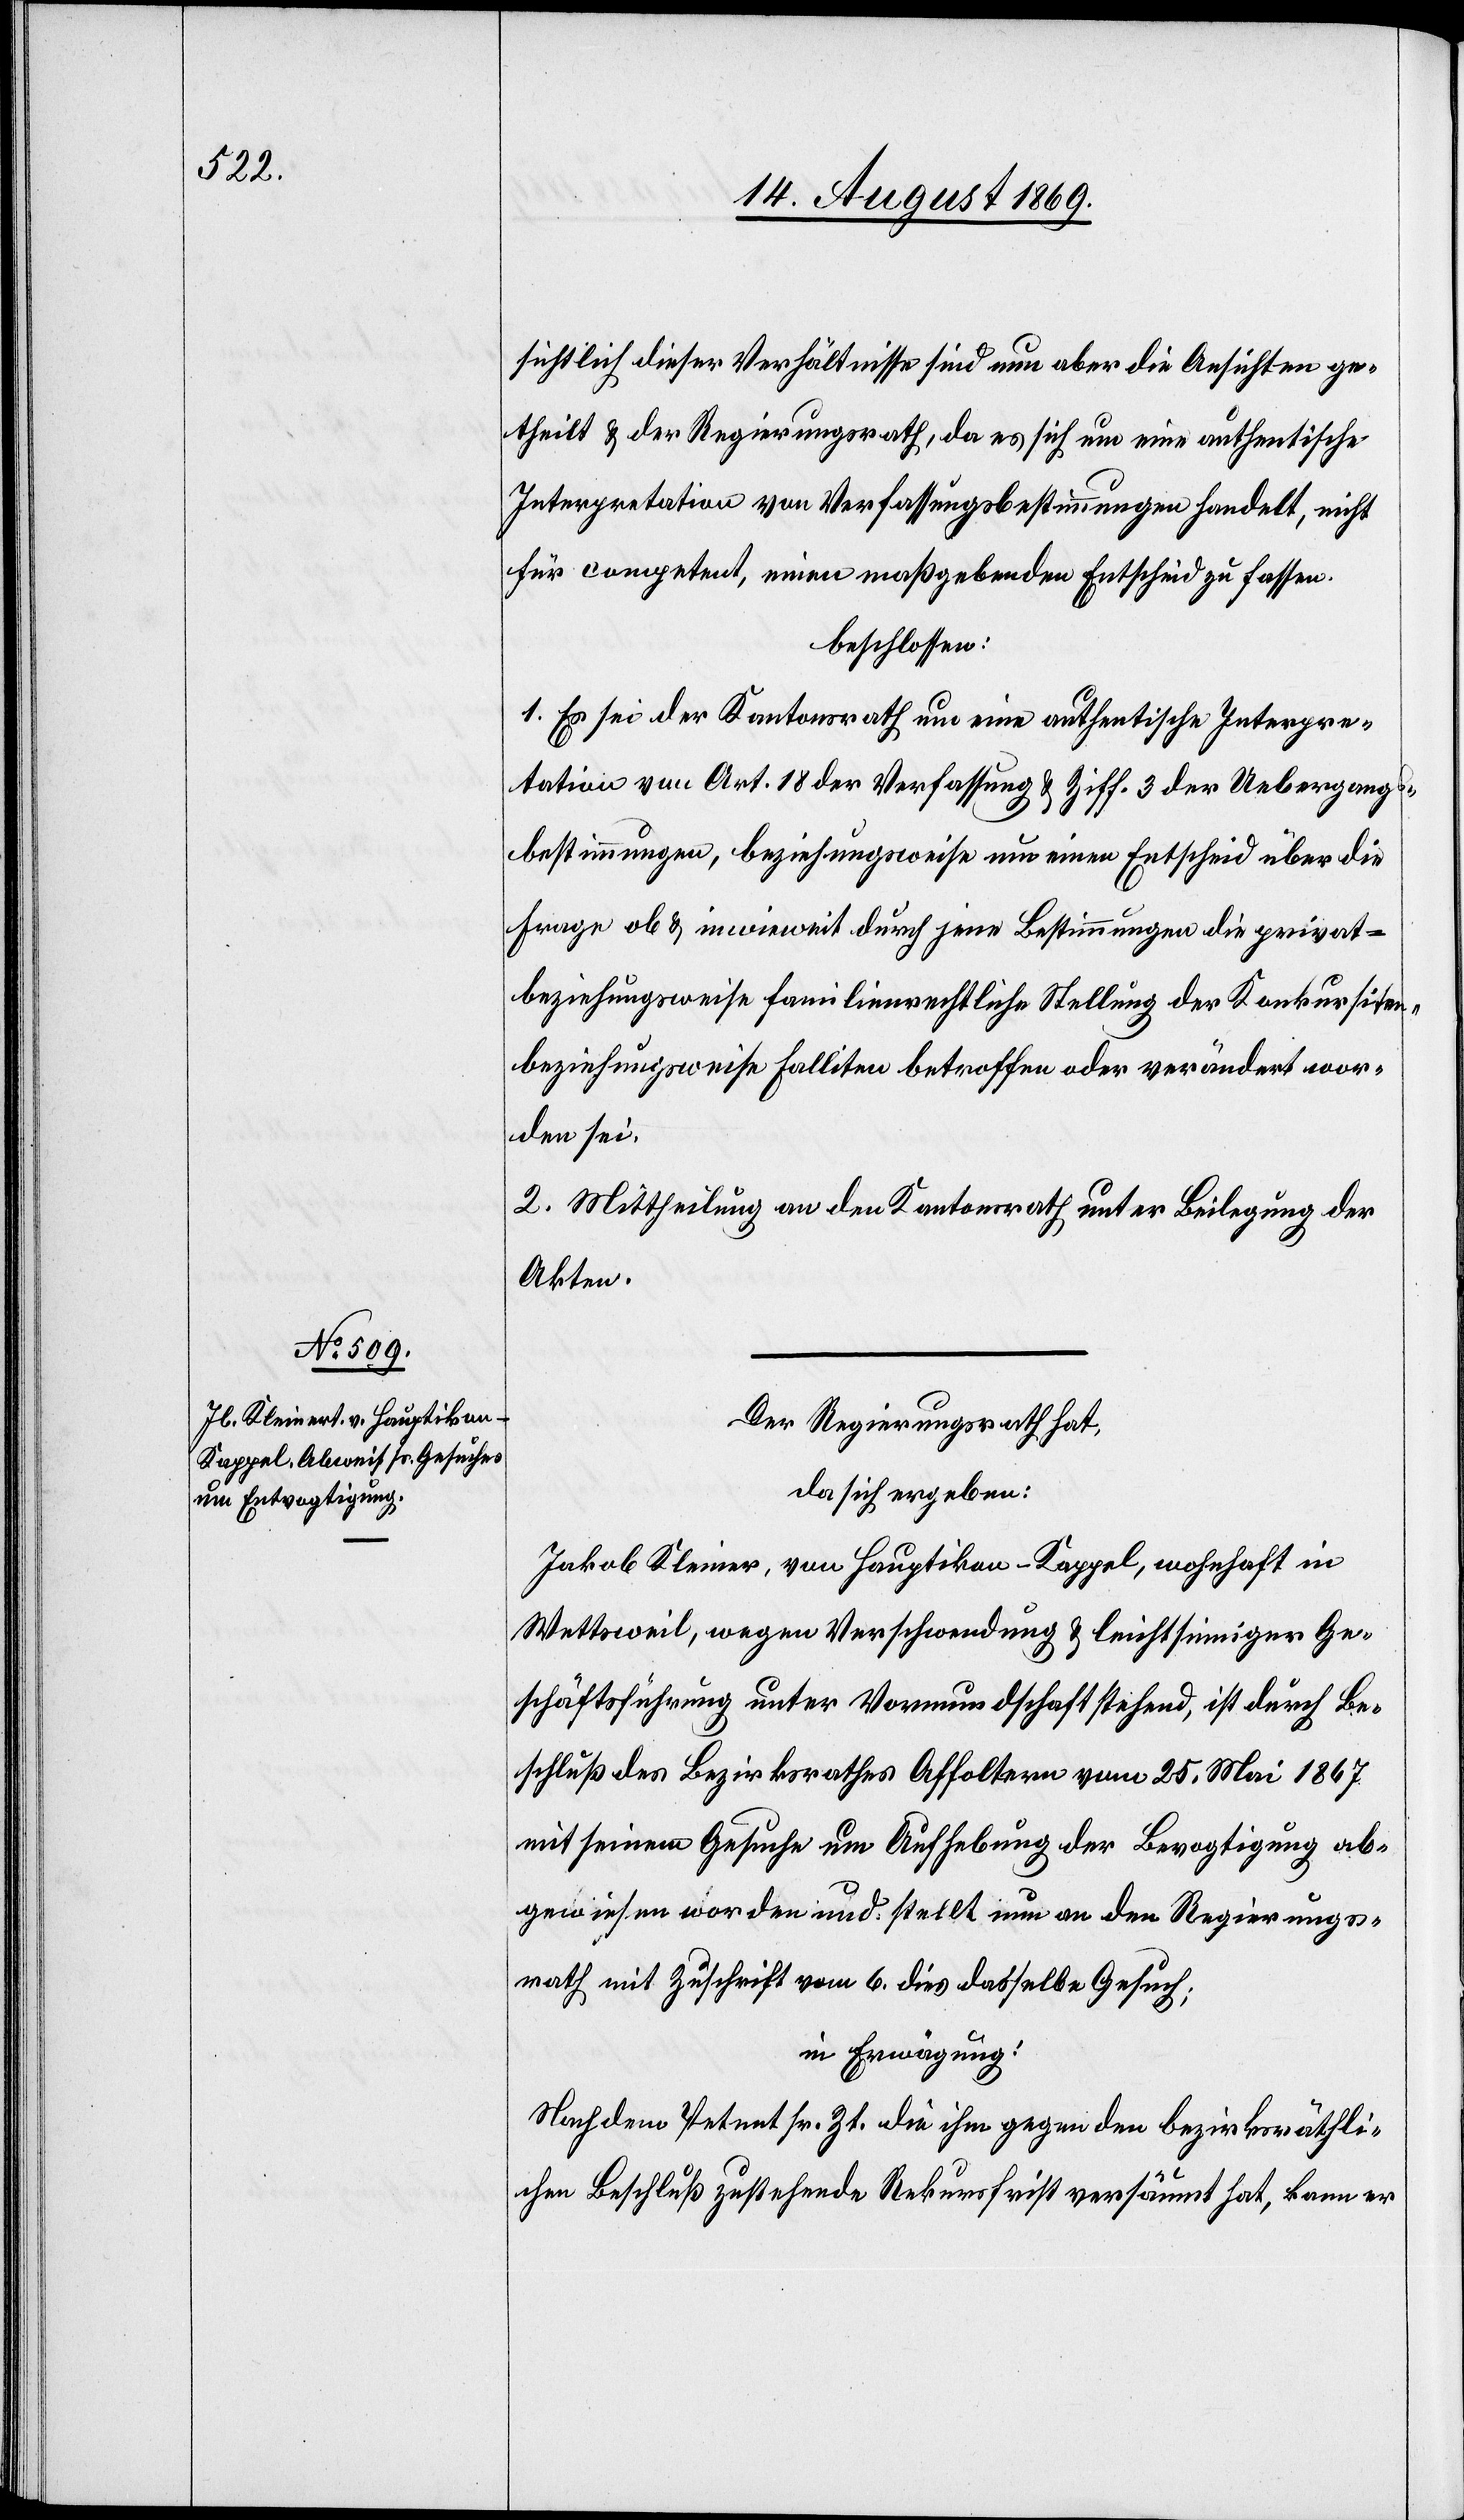
sichtlich dieser Verhältnisse sind nun aber die Ansichten ge¬
theilt & der Regierungsrath, da es sich um eine authentische
Interpretation von Verfassungsbestimmungen handelt, nicht
für competent, einen maßgebenden Entscheid zu fassen.
beschlossen:
1. Es sei der Kantonsrath um eine authentische Interpre¬
tation von Art. 18 der Verfassung & Ziff. 3 der Uebergangs¬
bestimmungen, beziehungsweise um einen Entscheid über die
Frage ob & inwieweit durch jene Bestimmungen die privat-
beziehungsweise familienrechtliche Stellung der Konkursiten,
beziehungsweise Falliten betroffen oder verändert wor¬
den sei.
2. Mittheilung an den Kantonsrath unter Beilegung der
Akten.
Der Regierungsrath hat,
da sich ergeben:
Jakob Kleiner[t], von Hauptikon - Kappel, wohnhaft in
Wettsweil, wegen Verschwendung & leichtsinniger Ge¬
schäftsführung unter Vormundschaft stehend, ist durch Be¬
schluß des Bezirksrathes Affoltern vom 25. Mai 1867
mit seinem Gesuche um Aufhebung der Bevogtigung ab¬
gewiesen worden und stellt nun an den Regierungs¬
rath mit Zuschrift vom 6. dies dasselbe Gesuch;
in Erwägung:
Nachdem Petent sr. Zt. die ihm gegen den bezirksräthli¬
chen Beschluß zustehende Rekursfrist versäumt hat, kann er